Etiology and epidemiology of plague
Disease focus: Plague
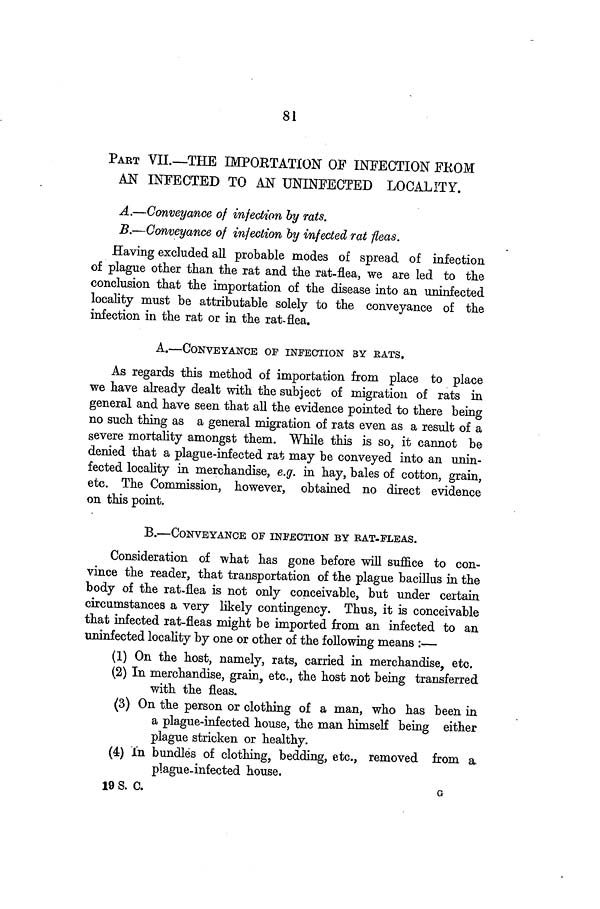
81
PART VII.—THE IMPORTATION OF INFECTION FROM
AN INFECTED TO AN UNINFECTED LOCALITY.
A.—Conveyance of infection by rats.
B.—Conveyance of infection by infected rat fleas.
Having excluded all probable modes of spread of infection
of plague other than the rat and the rat-flea, we are led to the
conclusion that the importation of the disease into an uninfected
locality must be attributable solely to the conveyance of the
infection in the rat or in the rat-flea.
A.—CONVEYANCE OF INFECTION BY EATS,
As regards this method of importation from place to place
we have already dealt with the subject of migration of rats in
general and have seen that all the evidence pointed to there being
no such thing as a general migration of rats even as a result of a
severe mortality amongst them. While this is so, it cannot be
denied that a plague-infected rat may be conveyed into an unin-
fected locality in merchandise, e.g. in hay, bales of cotton, grain,
etc. The Commission, however, obtained no direct evidence
on this point.
B.—CONVEYANCE OF INFECTION BY RAT-FLEAS.
Consideration of what has gone before will suffice to con-
vince the reader, that transportation of the plague bacillus in the
body of the rat-flea is not only conceivable, but under certain
circumstances a very likely contingency. Thus, it is conceivable
that infected rat-fleas might be imported from an infected to an
uninfected locality by one or other of the following means :—
(1) On the host, namely, rats, carried in merchandise, etc.
(2) In merchandise, grain, etc., the host not being transferred
with the fleas.
(3) On the person or clothing of a man, who has been in
a plague-infected house, the man himself being either
plague stricken or healthy.
(4) In bundles of clothing, bedding, etc., removed from a
plague-infected house.
19 S. C.